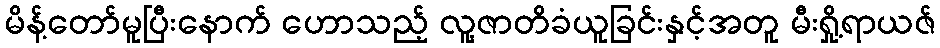
မိန့်တော်မူပြီးနောက် ဟောသည့် လူ့ဇာတိခံယူခြင်းနှင့်အတူ မီးရှို့ရာယဇ်